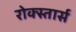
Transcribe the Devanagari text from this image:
रोक्स्तार्स